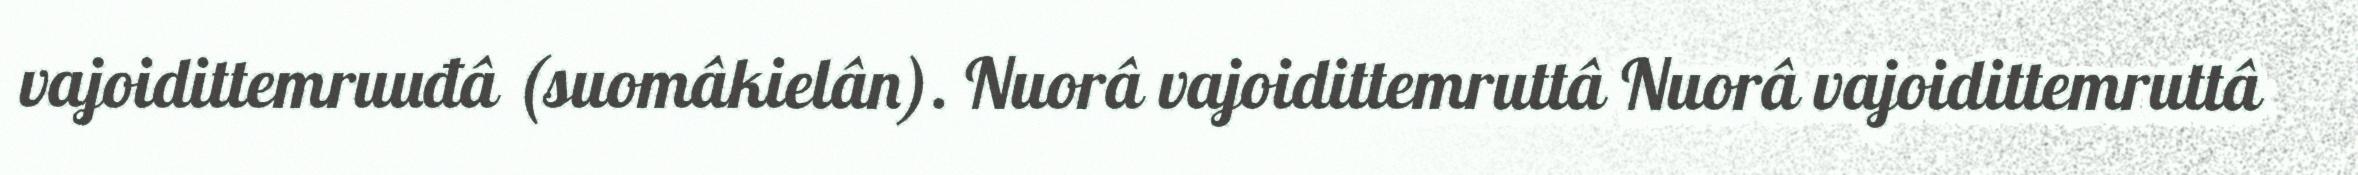
vajoidittemruuđâ (suomâkielân). Nuorâ vajoidittemruttâ Nuorâ vajoidittemruttâ